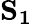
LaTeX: \mathbf{S_{1}}